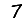
Digit: 7